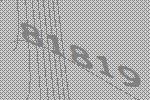
81819